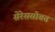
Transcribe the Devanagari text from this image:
सेरेससोबत